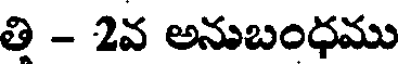
తి - 2వ అనుబంధము